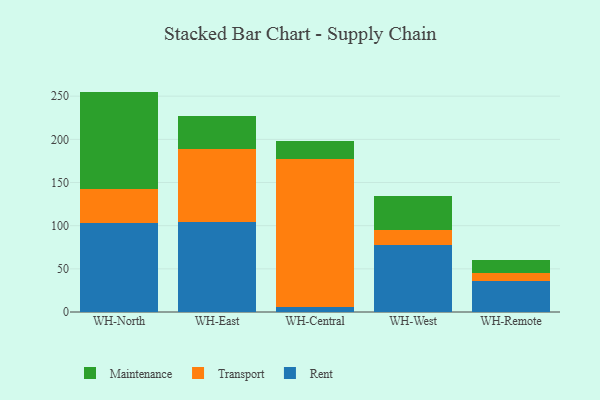
{"axis": {"x": "Warehouse", "y": "Inventory Turnover"}, "legend": ["Maintenance", "Rent", "Transport"], "data": [{"x": "WH-North", "y": 103.1, "type": "Rent"}, {"x": "WH-North", "y": 39.5, "type": "Transport"}, {"x": "WH-North", "y": 112.7, "type": "Maintenance"}, {"x": "WH-East", "y": 103.9, "type": "Rent"}, {"x": "WH-East", "y": 84.6, "type": "Transport"}, {"x": "WH-East", "y": 38.5, "type": "Maintenance"}, {"x": "WH-Central", "y": 6.2, "type": "Rent"}, {"x": "WH-Central", "y": 171.3, "type": "Transport"}, {"x": "WH-Central", "y": 20.2, "type": "Maintenance"}, {"x": "WH-West", "y": 77.3, "type": "Rent"}, {"x": "WH-West", "y": 17.6, "type": "Transport"}, {"x": "WH-West", "y": 39.0, "type": "Maintenance"}, {"x": "WH-Remote", "y": 36.4, "type": "Rent"}, {"x": "WH-Remote", "y": 9.3, "type": "Transport"}, {"x": "WH-Remote", "y": 14.7, "type": "Maintenance"}]}